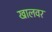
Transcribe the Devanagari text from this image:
खालवर